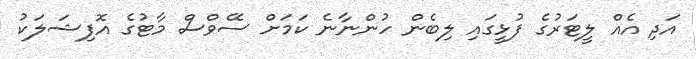
އަދި އެއް ލީޓަރުގެ ފުޅީގައި ލިބެން ހުންނާނެ ކަމަށް ސޭވްސް މާޓުގެ އޮފިޝަލަކު